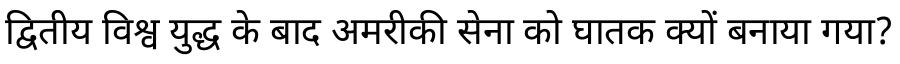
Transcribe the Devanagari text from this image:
द्वितीय विश्व युद्ध के बाद अमरीकी सेना को घातक क्यों बनाया गया?